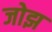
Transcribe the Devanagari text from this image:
जोझ